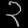
Digit: ၃